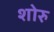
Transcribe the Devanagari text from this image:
शोरु